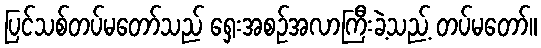
ပြင်သစ်တပ်မတော်သည် ရှေးအစဉ်အလာကြီးခဲ့သည့် တပ်မတော်။